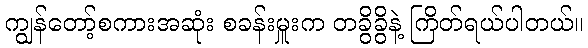
ကျွန်တော့်စကားအဆုံး စခန်းမှူးက တခွိခွိနဲ့ ကြိတ်ရယ်ပါတယ်။